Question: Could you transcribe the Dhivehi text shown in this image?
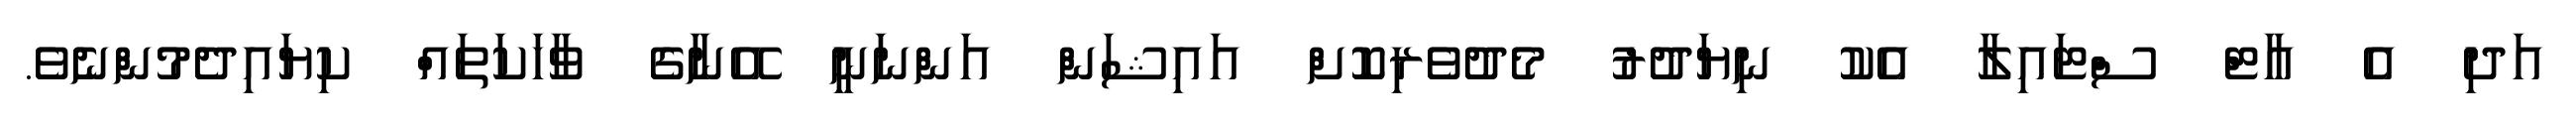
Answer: އަދި އެ އާޓް ސްޓައިލާ އެކު ނިޔަދުރު މެދުވެރިކޮށް އައިޝަން އަންނަނީ އޭނާގެ ވާހަކަތައް ކިޔައިދެމުންނެވެ.